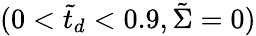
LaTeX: (0<\tilde{t}_{d}<0.9,\tilde{\Sigma}=0)